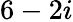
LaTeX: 6-2i